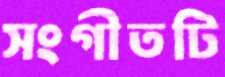
সংগীতটি